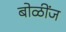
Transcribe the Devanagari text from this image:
बोळींज